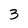
Character: 3